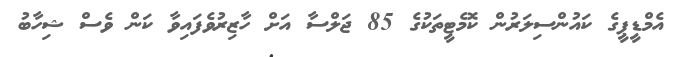
އެމްޑީޕީގެ ކައުންސިލަރުން ކޮމެޓީތަކުގެ 85 ޖަލްސާ އަށް ހާޒިރުވެފައިވާ ކަން ވެސް ޝިހާބު